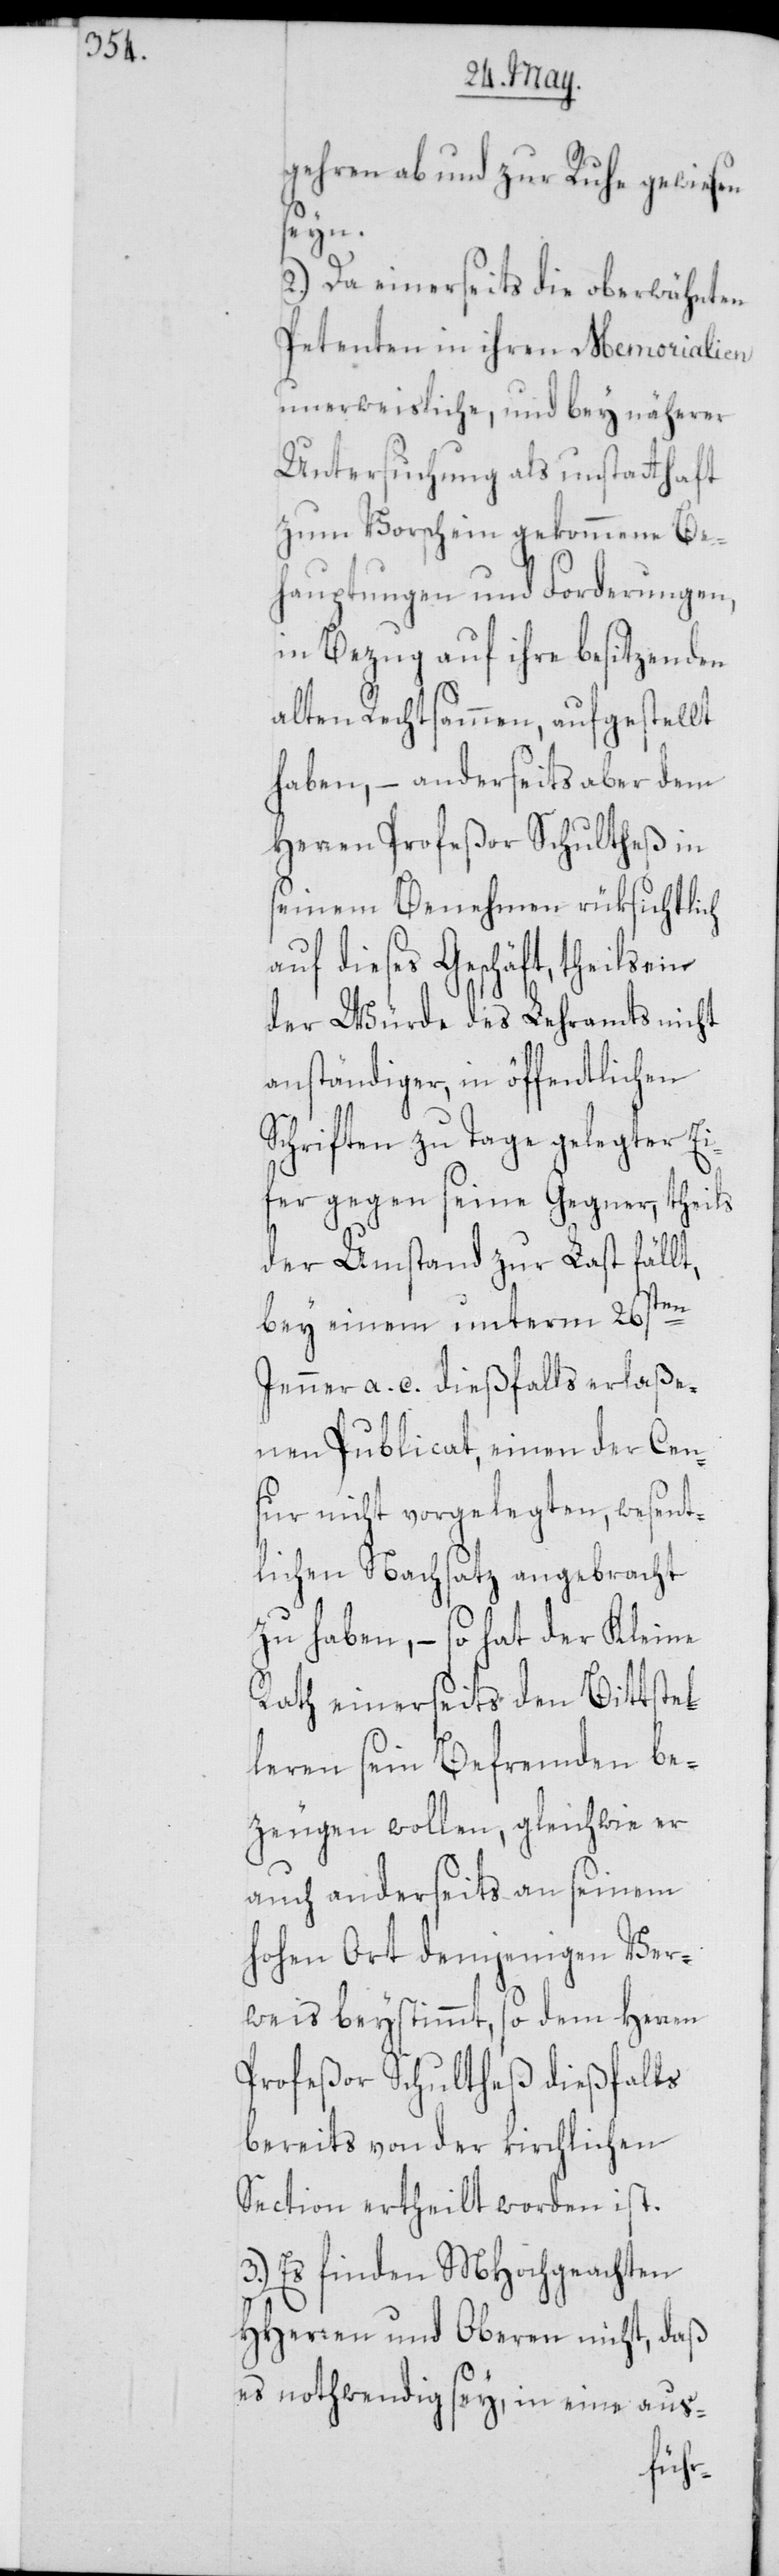
gehren ab[-] und zur Ruhe gewiesen
seyn.
2.) Da einerseits die oberwähnten
Petenten in ihren Memorialien
unerweisliche, und bey näherer
Untersuchung als unstatthaft
zum Vorschein gekommene Be¬
hauptungen und Forderungen,
in Bezug auf ihre besitzenden
alten Rechtsammen, aufgestellt
haben, – anderseits aber dem
Herren Profeßor Schultheß in
seinem Benehmen rüksichtlich
auf dieses Geschäft, theils ein
der Würde des Lehramts nicht
anständiger, in öffentlichen
Schriften zu Tage gelegter Ei¬
fer gegen seine Gegner, theils
der Umstand zur Last fällt,
bey einem unterm 26sten
Jenner a. c. dießfalls erlaße¬
nen Publicat, einen der Cen¬
sur nicht vorgelegten, wesent¬
lichen Nachsatz angebracht
zu haben, – so hat der Kleine
Rath einerseits den Bittstel¬
leren sein Befremden be¬
zeugen wollen, gleichwie er
auch anderseits an seinem
hohen Ort demjenigen Ver¬
weis beystimmt, so dem Herren
Profeßor Schultheß dießfalls
bereits von der kirchlichen
Section ertheilt worden ist.
3.) Es finden MHochgeachten
HHerren und Oberen nicht, daß
es nothwendig sey, in eine aus-